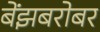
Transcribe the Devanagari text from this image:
बेंझबरोबर